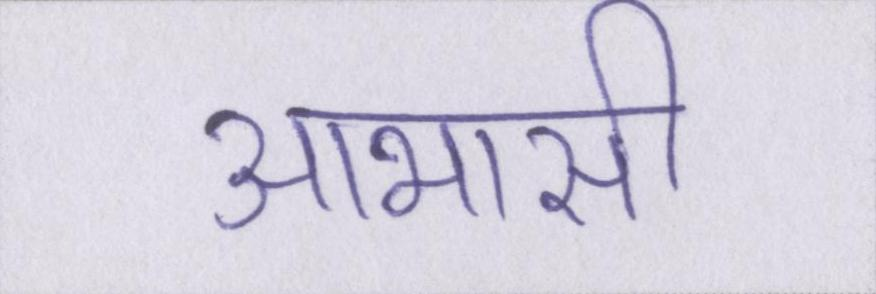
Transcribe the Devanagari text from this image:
आभासी